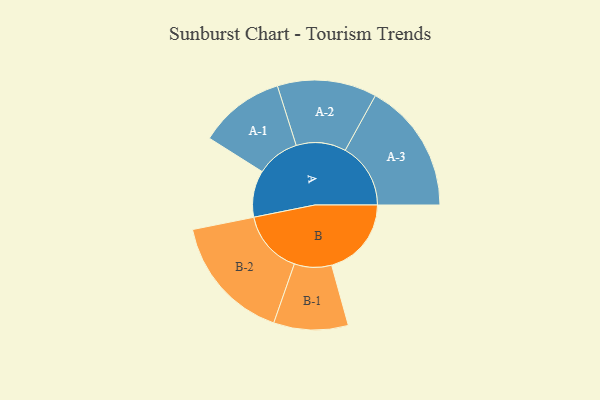
{"axis": {"x": "Segment", "y": "Value"}, "legend": ["", "A", "B"], "data": [{"x": "A", "y": 202, "type": ""}, {"x": "B", "y": 345, "type": ""}, {"x": "A-1", "y": 186, "type": "A"}, {"x": "A-2", "y": 215, "type": "A"}, {"x": "A-3", "y": 283, "type": "A"}, {"x": "B-1", "y": 161, "type": "B"}, {"x": "B-2", "y": 275, "type": "B"}]}